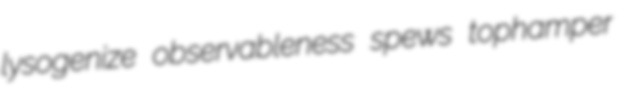
lysogenize observableness spews tophamper